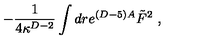
- { \frac { 1 } { 4 \kappa ^ { D - 2 } } } \int d r e ^ { ( D - 5 ) A } \tilde { F } ^ { 2 } \ ,